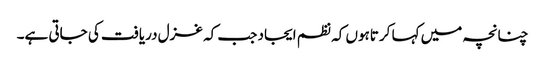
چنانچہ میں کہا کرتاہوں کہ نظم ایجاد جب کہ غزل دریافت کی جاتی ہے۔